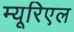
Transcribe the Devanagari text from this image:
म्यूरिएल